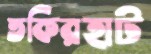
তকিরহাট